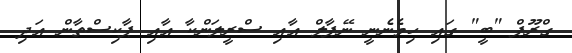
ގްރޫޕް "ބީ" ގައި ހިމެނެނީ ނޭޕާލް އާއި ސްރީލަންކާ އާއި ޕާކިސްތާން އަދި